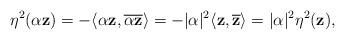
LaTeX: \begin{align*} \eta^{2}(\alpha \mathbf{z})=-\langle\alpha \mathbf{z},\overline{\alpha \mathbf{z}}\rangle=-\lvert\alpha\rvert^2 \langle\mathbf{z},\mathbf{\overline{z}}\rangle=\lvert\alpha\rvert^2 \eta^{2}(\mathbf{z}),\end{align*}